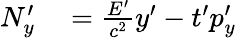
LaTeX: \begin{array}{rl}{N_{y}^{\prime}}&{{}={\frac{E^{\prime}}{c^{2}}}y^{\prime}-t^{\prime}p_{y}^{\prime}}\end{array}